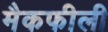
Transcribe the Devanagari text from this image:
मैकफीली